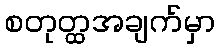
စတုတ္ထအချက်မှာ